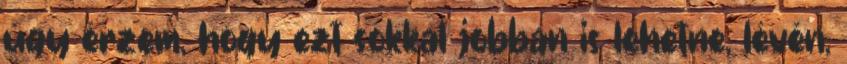
úgy érzem, hogy ezt sokkal jobban is lehetne, lévén,